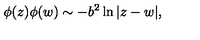
\phi ( z ) \phi ( w ) \sim - b ^ { 2 } \ln | z - w | ,